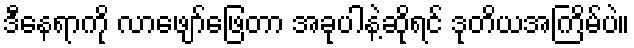
ဒီနေရာကို လာဖျော်ဖြေတာ အခုပါနဲ့ဆိုရင် ဒုတိယအကြိမ်ပဲ။